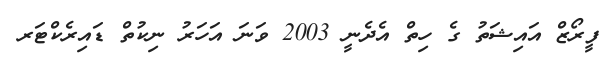
ފީރޯޒް އައިޝަތު ގެ ހިތް އެދެނީ 2003 ވަނަ އަހަރު ނިކުތް ޑައިރެކްޓަރ